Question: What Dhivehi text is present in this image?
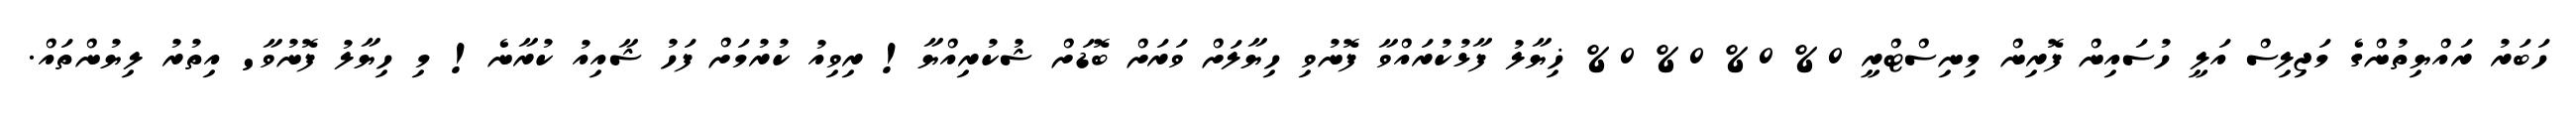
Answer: ހަބަރު ރައްޔިތުންގެ މަޖިލިސް އަލީ ހުސައިން ފޮރިން މިނިސްޓްރީ 0% 0% 0% 0% ޚިޔާލު ފާޅުކުރައްވާ ފޮނުވި ހިޔާލަށް ވަރަށް ބޮޑަށް ޝުކުރިއްޔާ! ރިވިއު ކުރުމަށް ފަހު ޝާއިއު ކުރާނެ! މި ހިޔާލު ފޮނުވާ' އިތުރު ލިޔުންތައް.